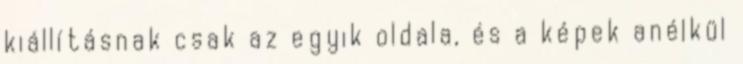
kiállításnak csak az egyik oldala, és a képek anélkül